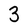
Character: 3